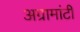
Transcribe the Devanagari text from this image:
अग्रामांटी